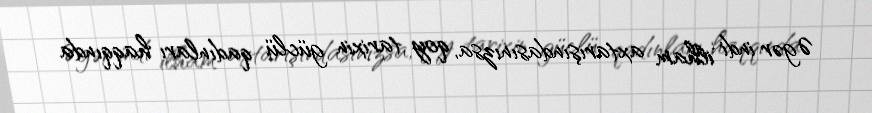
Əgər indi ilham axtarışındasınızsa, qoy tarixin güclü qadınları haqqında